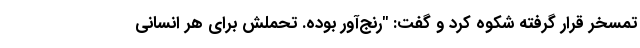
تمسخر قرار گرفته شکوه کرد و گفت: "رنج‌آور بوده. تحملش برای هر انسانی